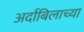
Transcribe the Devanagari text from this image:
अर्दाबिलाच्या